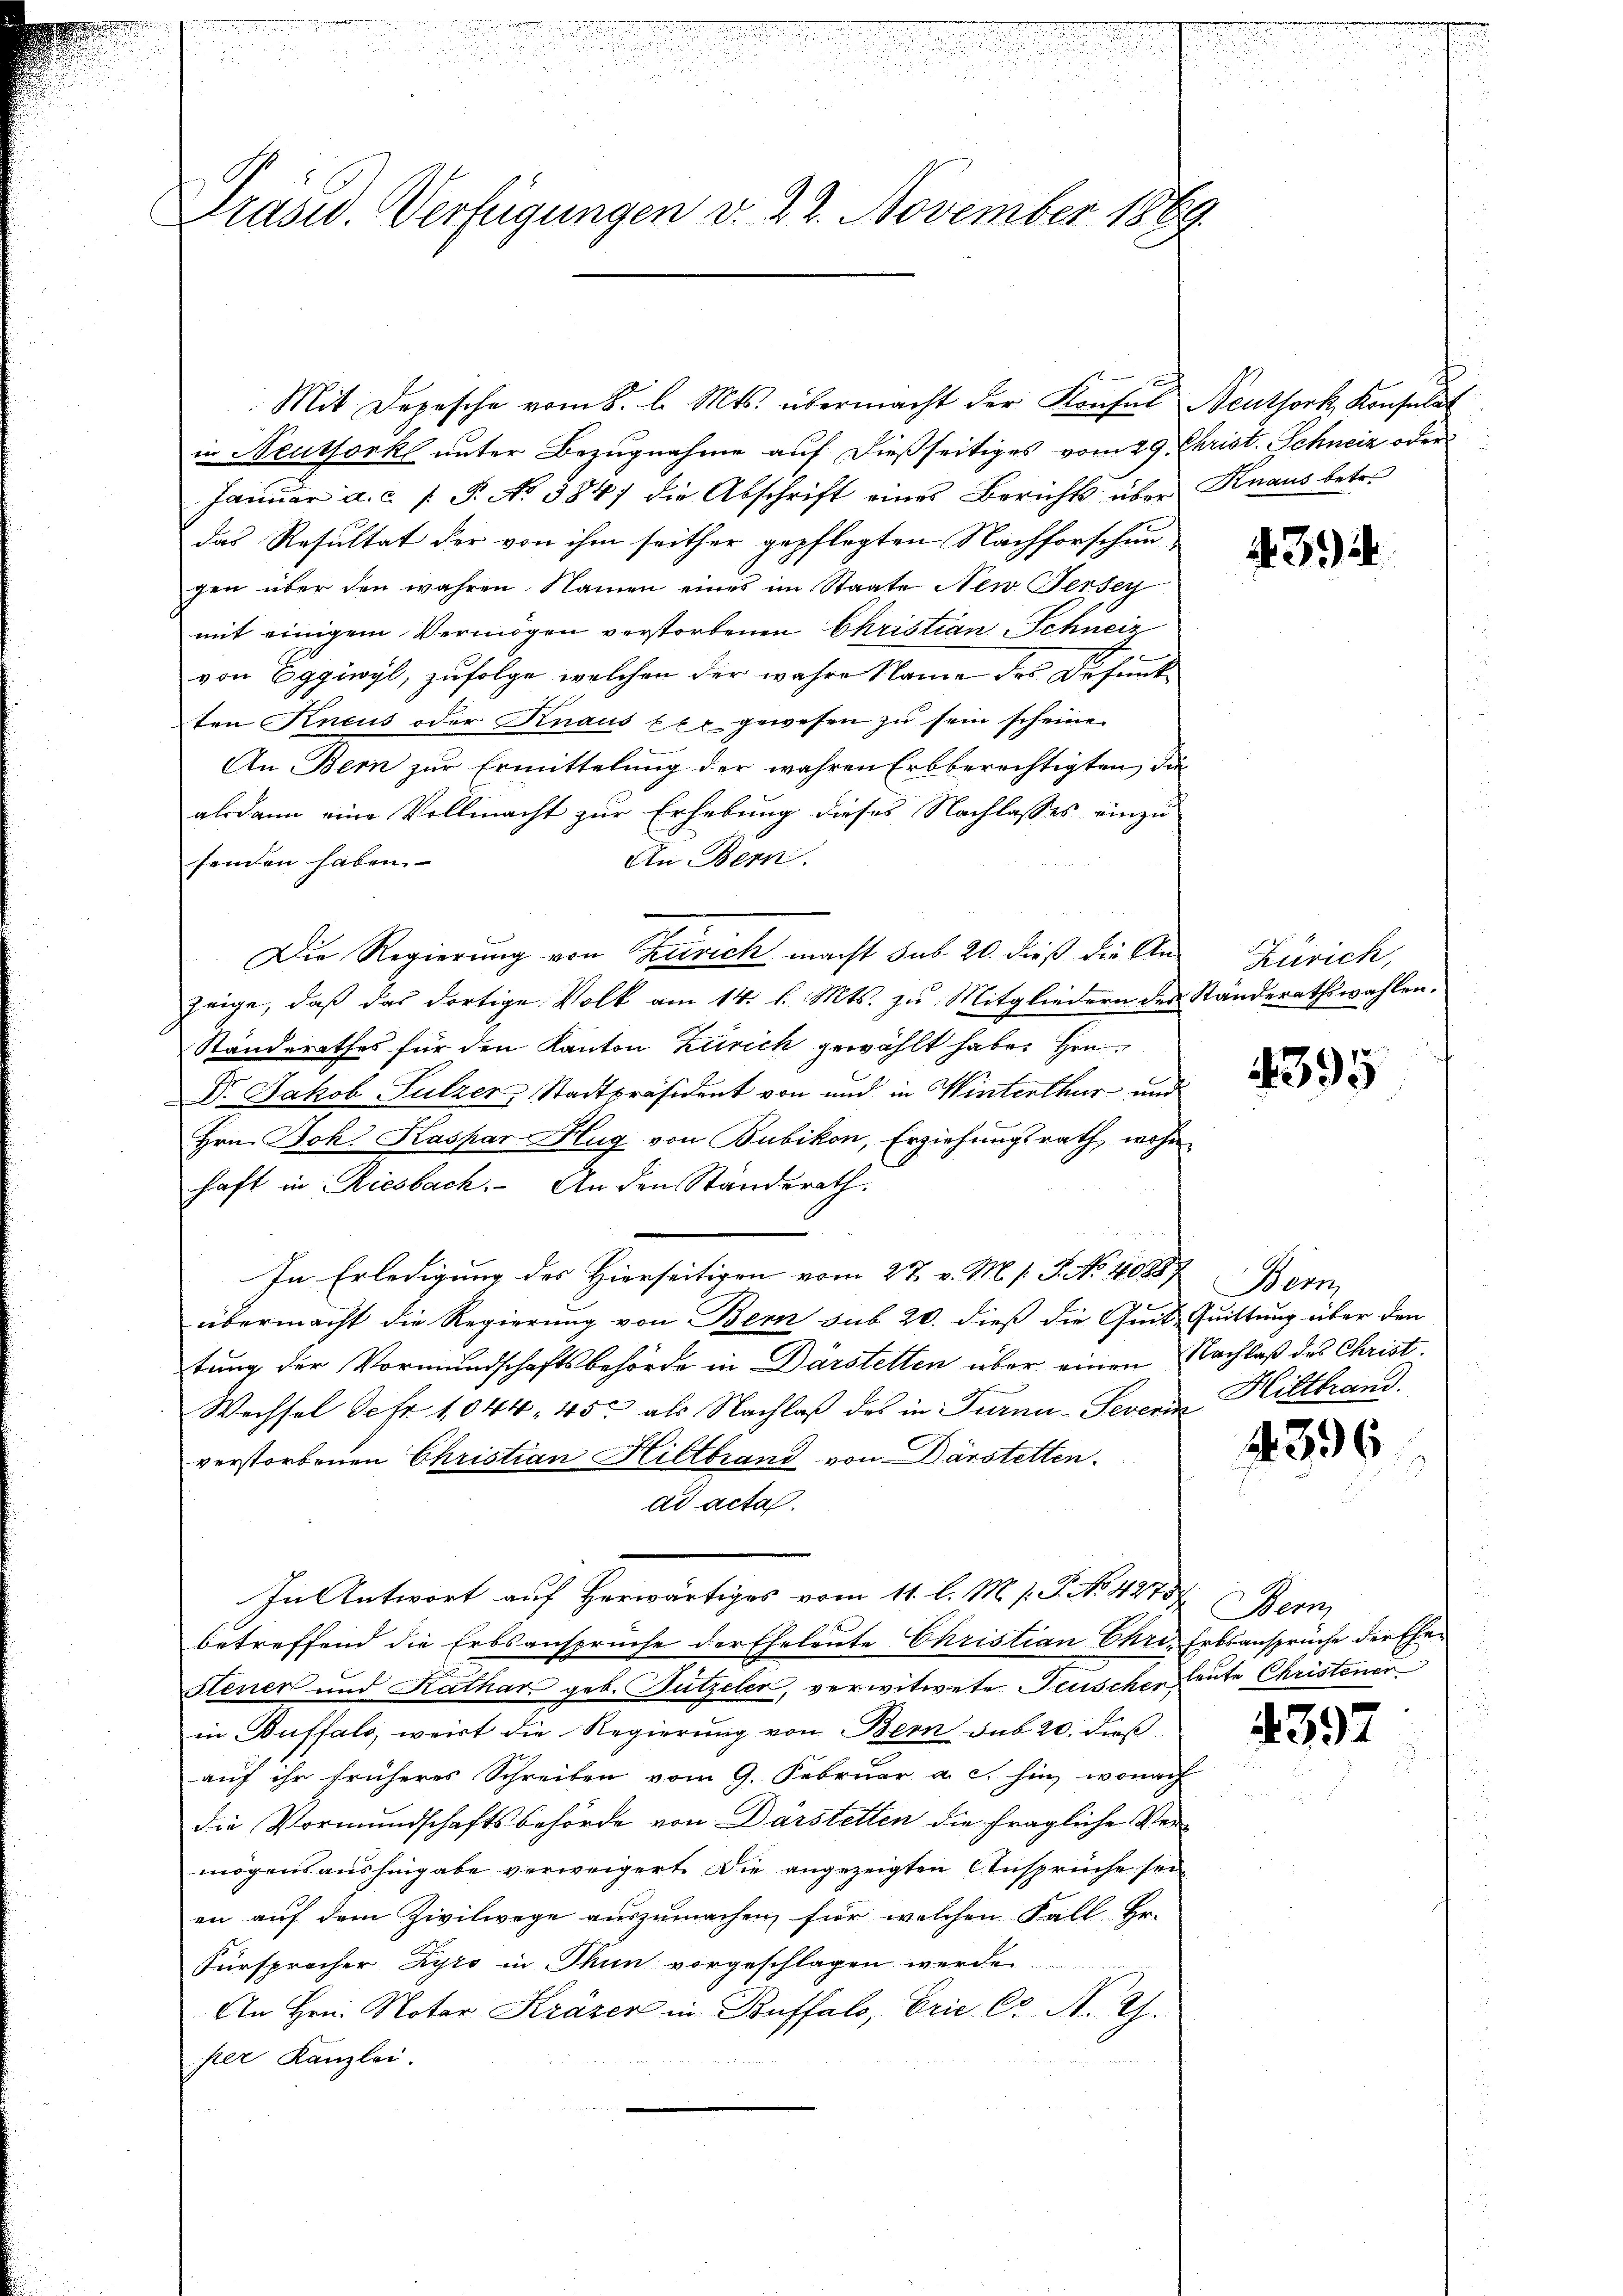
Präsid. Verfügungen v. 22. November 1869

Mit Depesche vom 8. l. Mts. übermacht der Konsul Neuthork, Konsulat
in Neuthork unter Bezugnahme auf dießseitiges vom 29. Christ. Schneiz oder
Januar a.c. (T. No 384) die Abschrift eines Berichts über Knaus betr.
das Resultat der von ihm seither gepflegten Nachforschungen über den wahren Namen eines im Staate New Jersey
mit einigem Vermögen verstorbenen Christian, Schneiz
von Eggiwyl, zufolge, welchen der wahre Name des Besit
ten Kneus oder Knaus xxx gewesen zu sein scheine
An Bern zur Ermittelung der wahren Erbberechtigten, die
alsdann eine Vollmacht zur Erhebung dieses Nachlasses einzu-
An Bern.
senden haben.
Die Regierung von Zürich macht sub 20. dieß die Anzeige, daß das dortige Volk am 14. l. Mts. zu Mitgliedern des Standerathswahlen.
Standerathes für den Kanton Zürich gewählt habe. Hrn.
Dr. Jakob Sulzer Stadtpräsident von und in Winterthur und
Hrn. Joh. Kaspar Hug von Bubikon, Erziehungsrath, wohn
haft in Riesbach. - An den Ständerath.
In Erledigung des Hierseitigen vom 27. v. M. s. S. No. 40887 Bern,
übermacht die Regierung von Bern sub 20. dieß die Quit Quittung über den
tung der Vormundschaftsbehörde in Darstetten über einen Nachlaß des Christ.
Wechsel Sefr. 1044, 45, als Nachlaß des in Turnu-Severin
verstorbenen Christian Hiltbrand von Darstetten.
ad acta.
In Antwort auf Herwärtiges vom 11. l. M. s. P. No 4275
betreffend die Erbsansprüche der Eheleute Christian Chri, Erbsansprüche der Ehe¬
Steuer und Kathar geb. Bützeler, verwitwete Feuscher heute Christener
in Buffalo, weist die Regierung von Bern sub 20. dieß
auf ihr früheres Schreiben vom 9. Februar a. c. hin, wonach
die Vormundschaftsbehörde von Darstetten die fragliche Vermögensaushingabe verweigert. Die angezeigten Ansprüche sei
an aŭf dem Zivilwege aŭszŭmachen, für welchen Fall hr.
Fürsprocher Zyro in Thun vorgeschlagen werden,
An Hrn. Notar Kräzer in Buffalo, Eric Cr N. Z.
per Kanzlei.

434

Zürich,

4395

Hiltbrand

4396

Benz

4397